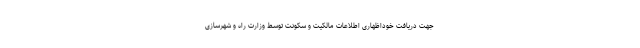
جهت دریافت خوداظهاری اطلاعات مالکیت و سکونت توسط وزارت راه و شهرسازی